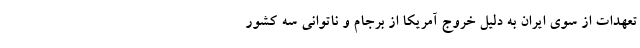
تعهدات از سوی ایران به دلیل خروج آمریکا از برجام و ناتوانی سه کشور